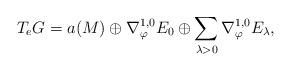
LaTeX: \begin{align*}T_e G = a(M) \oplus \nabla^{1,0}_{\varphi} E_0 \oplus \sum_{\lambda > 0} \nabla^{1,0}_{\varphi} E_{\lambda},\end{align*}